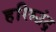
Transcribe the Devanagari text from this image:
हरिश्चंद्र